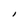
Character: I